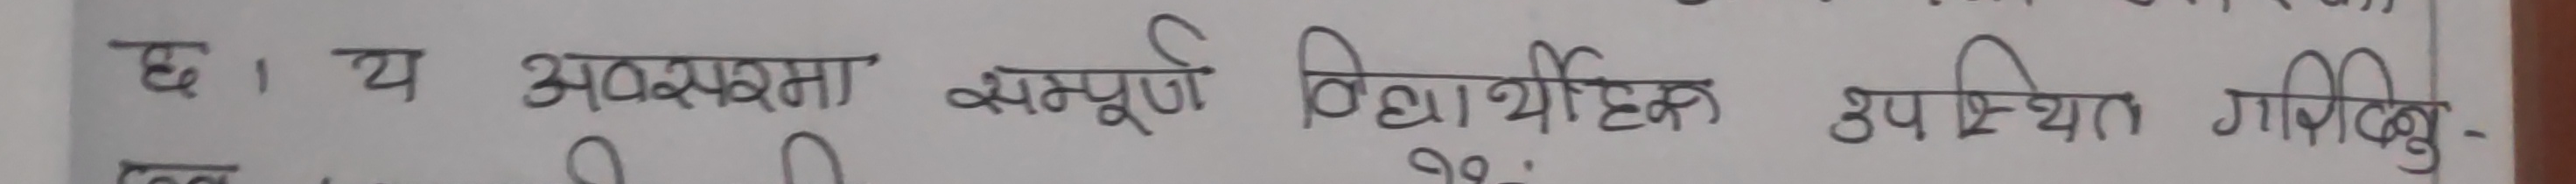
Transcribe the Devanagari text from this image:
छ। य अवस्था सम्पुर्ण विद्यार्थीहरु उपस्थित गरिदिनु -